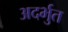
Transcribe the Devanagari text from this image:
अदर्भुत